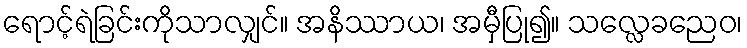
ရောင့်ရဲခြင်းကိုသာလျှင်။ အနိဿာယ၊ အမှီပြု၍။ သလ္လေခညေဝ၊